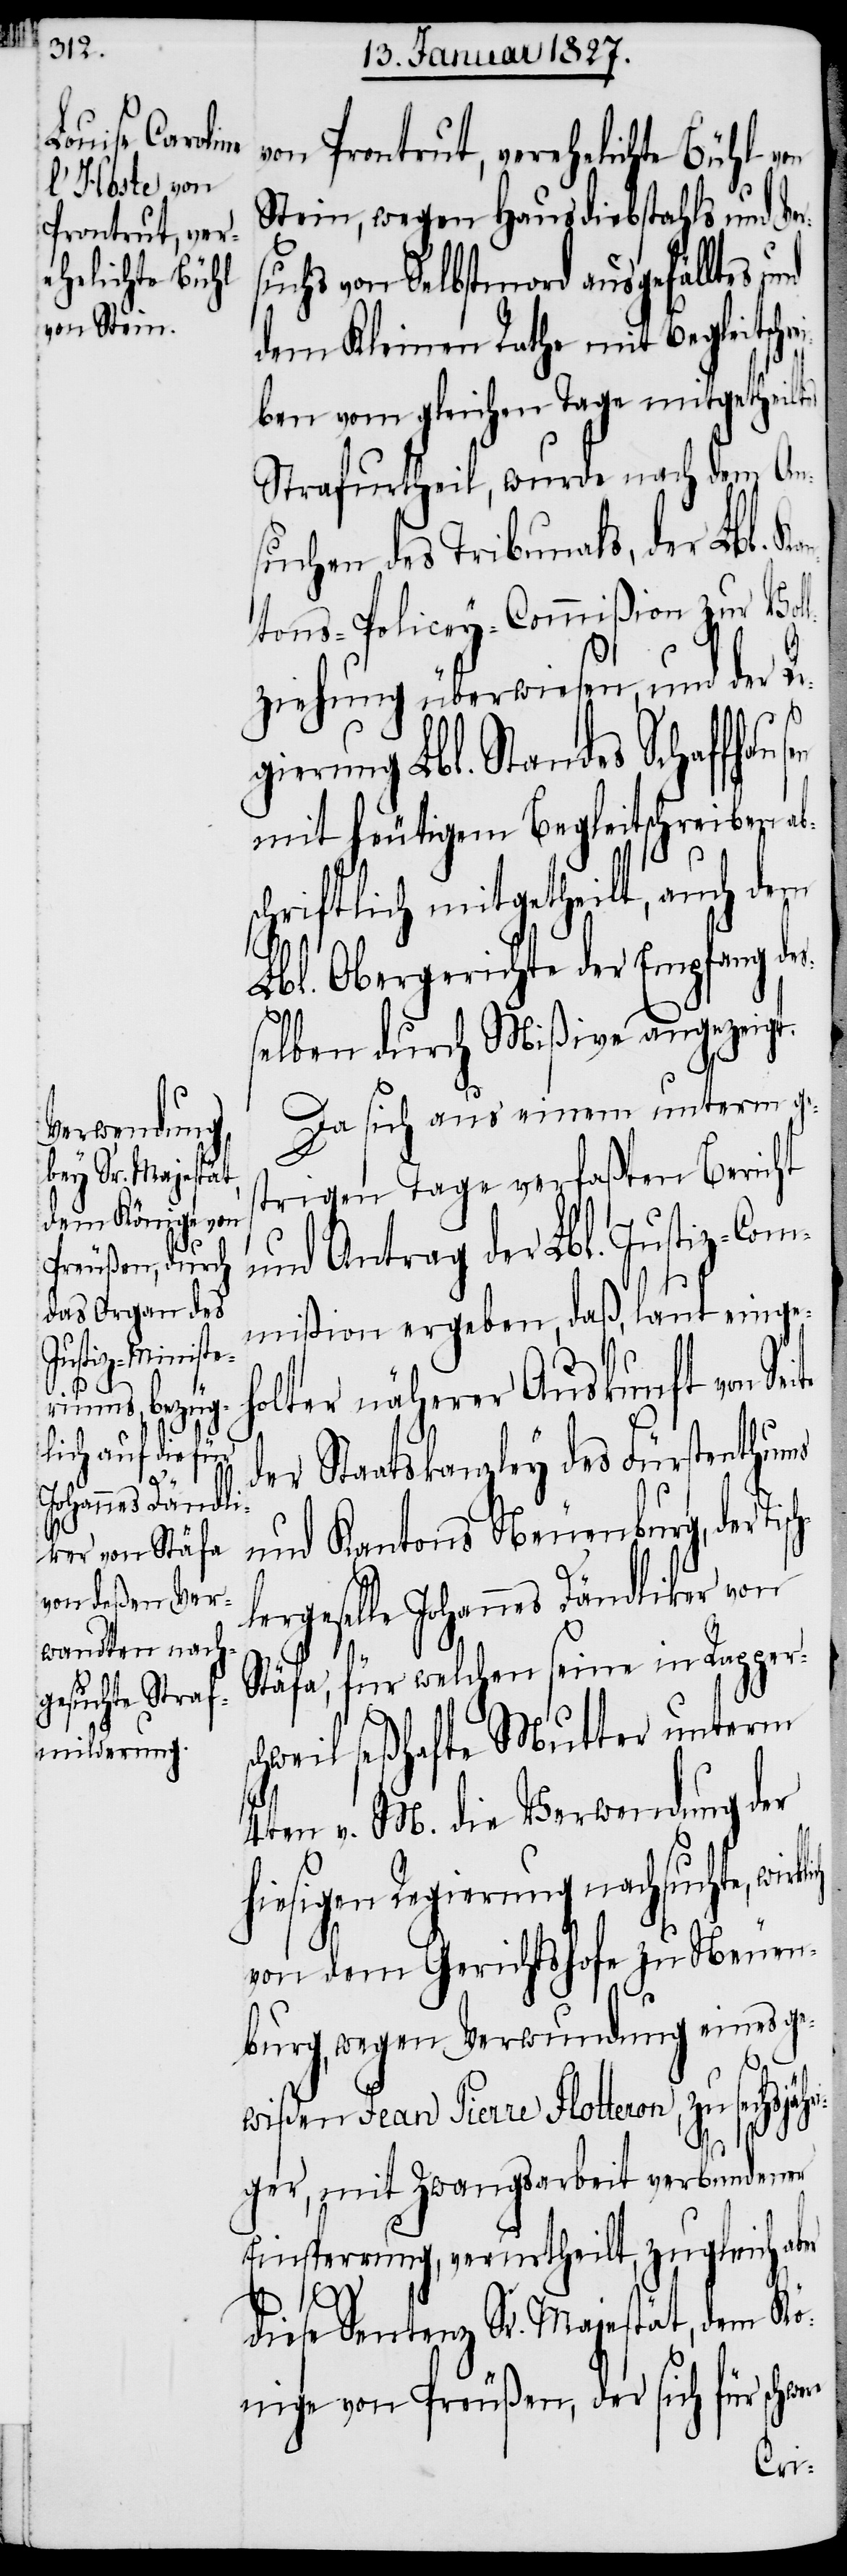
sch¬

von Prontrut, verehelichte Bühl von
Stein, wegen Hausdiebstahls und Ve¬
uchs von Selbstmord ausgefälltes
dem Kleinen Rathe mit Begleits¬
ben vom gleichen Tage mitgetheilt¬
Strafurtheil, wurde nach dem An¬
suchen des Tribunals, der Lbl.
ntons-Policey-Commißion zur Vol¬
lziehung überwiesen, und der Re¬
gierung Lbl. Standes Schaffhaus¬
mit heutigem Begleitschreiben a¬
schriftlich mitgetheilt, auch dem
ri¬
Lbl. Obergerichte der Empfang de¬
selben durch Mißive angezeigt.
Da sich aus einem unterm ges¬
trigen Tage verfaßten Bericht
und Antrag der Lbl. Justiz-Com¬
mißion ergeben, daß, laut eingeh¬
olter näherer Auskunft von Sei¬
der Staatskanzley des Fürstenthums
und Kantons Neuenburg, der Ti¬
lergeselle Johannes Dändliker von
Stäfa, für welchen seine in Rappers¬
chweil seßhafte Mutter unterm
4ten v. M. die Verwendung der
hiesigen Regierung nachsuchte,
von dem Gerichtshofe zu Neuen¬
burg, wegen Verwundung eines ge¬
wißen Jean Pierre Flotteron, zu sechsjäh¬
ger, mit Zwangsarbeit verbundenen
Einsperrung, verurtheilt, zugleich aber
diese Sentenz Sr. Majestät, dem Kö¬
nige von Preußen, der sich für schwere
chrei¬